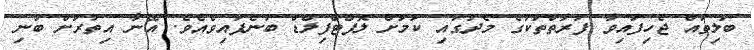
ބަލިތައް ޖެހިފައިވާ ފަރާތްތަކުގެ މެދުގައި ކަމަށް ލޮފްޓްފިލްޑް ބުނެފައިވެއެވެ. އޭނާ އިތުރަށް ބުނި